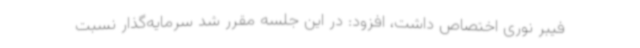
فیبر نوری اختصاص داشت، افزود: در این جلسه مقرر شد سرمایه‌گذار نسبت